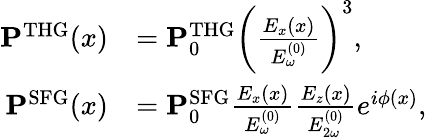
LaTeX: \begin{array}{rl}{\mathbf{P}^{\mathrm{THG}}(x)}&{=\mathbf{P}_{0}^{\mathrm{THG}}\bigg(\frac{E_{x}(x)}{E_{\omega}^{(0)}}\bigg)^{3},}\\ {\mathbf{P}^{\mathrm{SFG}}(x)}&{=\mathbf{P}_{0}^{\mathrm{SFG}}\frac{E_{x}(x)}{E_{\omega}^{(0)}}\frac{E_{z}(x)}{E_{2\omega}^{(0)}}e^{i\phi(x)},}\end{array}